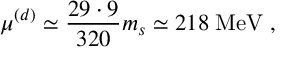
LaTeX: \mu ^ { ( d ) } \simeq \frac { 2 9 \cdot 9 } { 3 2 0 } m _ { s } \simeq 2 1 8 \; \mathrm { M e V } \; ,